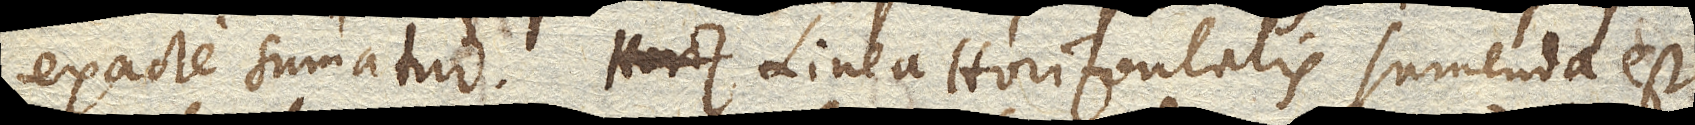
exacte sumatur. Linea Horizontalis sumenda est